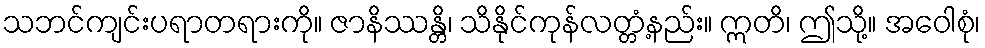
သဘင်ကျင်းပရာတရားကို။ ဇာနိဿန္တိ၊ သိနိုင်ကုန်လတ္တံ့နည်း။ ဣတိ၊ ဤသို့။ အဝေါစုံ၊